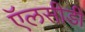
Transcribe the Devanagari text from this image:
ऍलसीडी